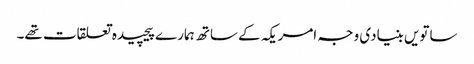
ساتویں بنیادی وجہ امریکہ کے ساتھ ہمارے پیچیدہ تعلقات تھے۔